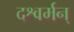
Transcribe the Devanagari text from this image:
दश्वर्मन्‌